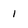
Character: 1